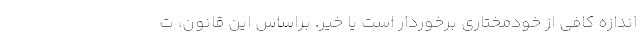
اندازه کافی از خودمختاری برخوردار است یا خیر. براساس این قانون، ت